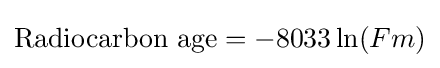
{\text{Radiocarbon age}}=-8033\ln(Fm)